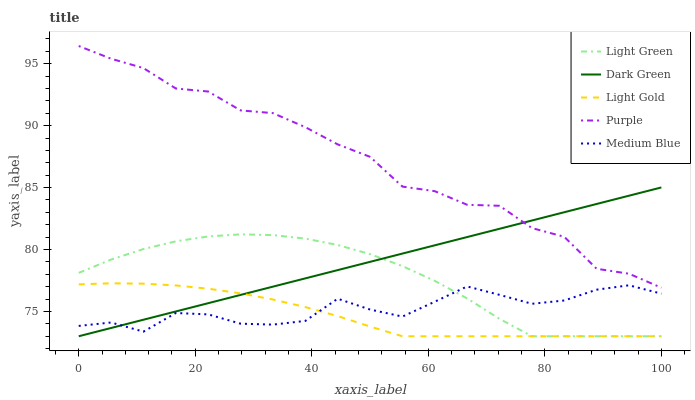
| xaxis_label | Light Green | Dark Green | Light Gold | Purple | Medium Blue |
 | --- | --- | --- | --- | --- | --- |
 | 0 | 78.1 | 73 | 77.2 | 96.4 | 73.8 |
 | 5.56 | 79.2 | 73.7 | 77.3 | 95.4 | 74.1 |
 | 11.1 | 80 | 74.3 | 77.2 | 94.6 | 73.4 |
 | 16.7 | 80.7 | 75 | 77.1 | 93 | 74.9 |
 | 22.2 | 81.1 | 75.7 | 76.8 | 92.8 | 74.8 |
 | 27.8 | 81.2 | 76.3 | 76.5 | 91.2 | 74 |
 | 33.3 | 81.2 | 77 | 76 | 91 | 73.9 |
 | 38.9 | 80.9 | 77.7 | 75.4 | 89.9 | 74.2 |
 | 44.4 | 80.4 | 78.3 | 74.6 | 88.5 | 76 |
 | 50 | 79.6 | 79 | 73.8 | 87.5 | 75.2 |
 | 55.6 | 78.7 | 79.7 | 73 | 85.1 | 74.6 |
 | 61.1 | 77.5 | 80.3 | 73 | 84.7 | 75.8 |
 | 66.7 | 76.1 | 81 | 73 | 83.6 | 77 |
 | 72.2 | 74.4 | 81.7 | 73 | 83.5 | 76.3 |
 | 77.8 | 73 | 82.3 | 73 | 81.7 | 75.6 |
 | 83.3 | 73 | 83 | 73 | 81 | 75.9 |
 | 88.9 | 73 | 83.7 | 73 | 78.4 | 76.8 |
 | 94.4 | 73 | 84.3 | 73 | 78 | 77.1 |
 | 100 | 73 | 85 | 73 | 76.9 | 76.4 |